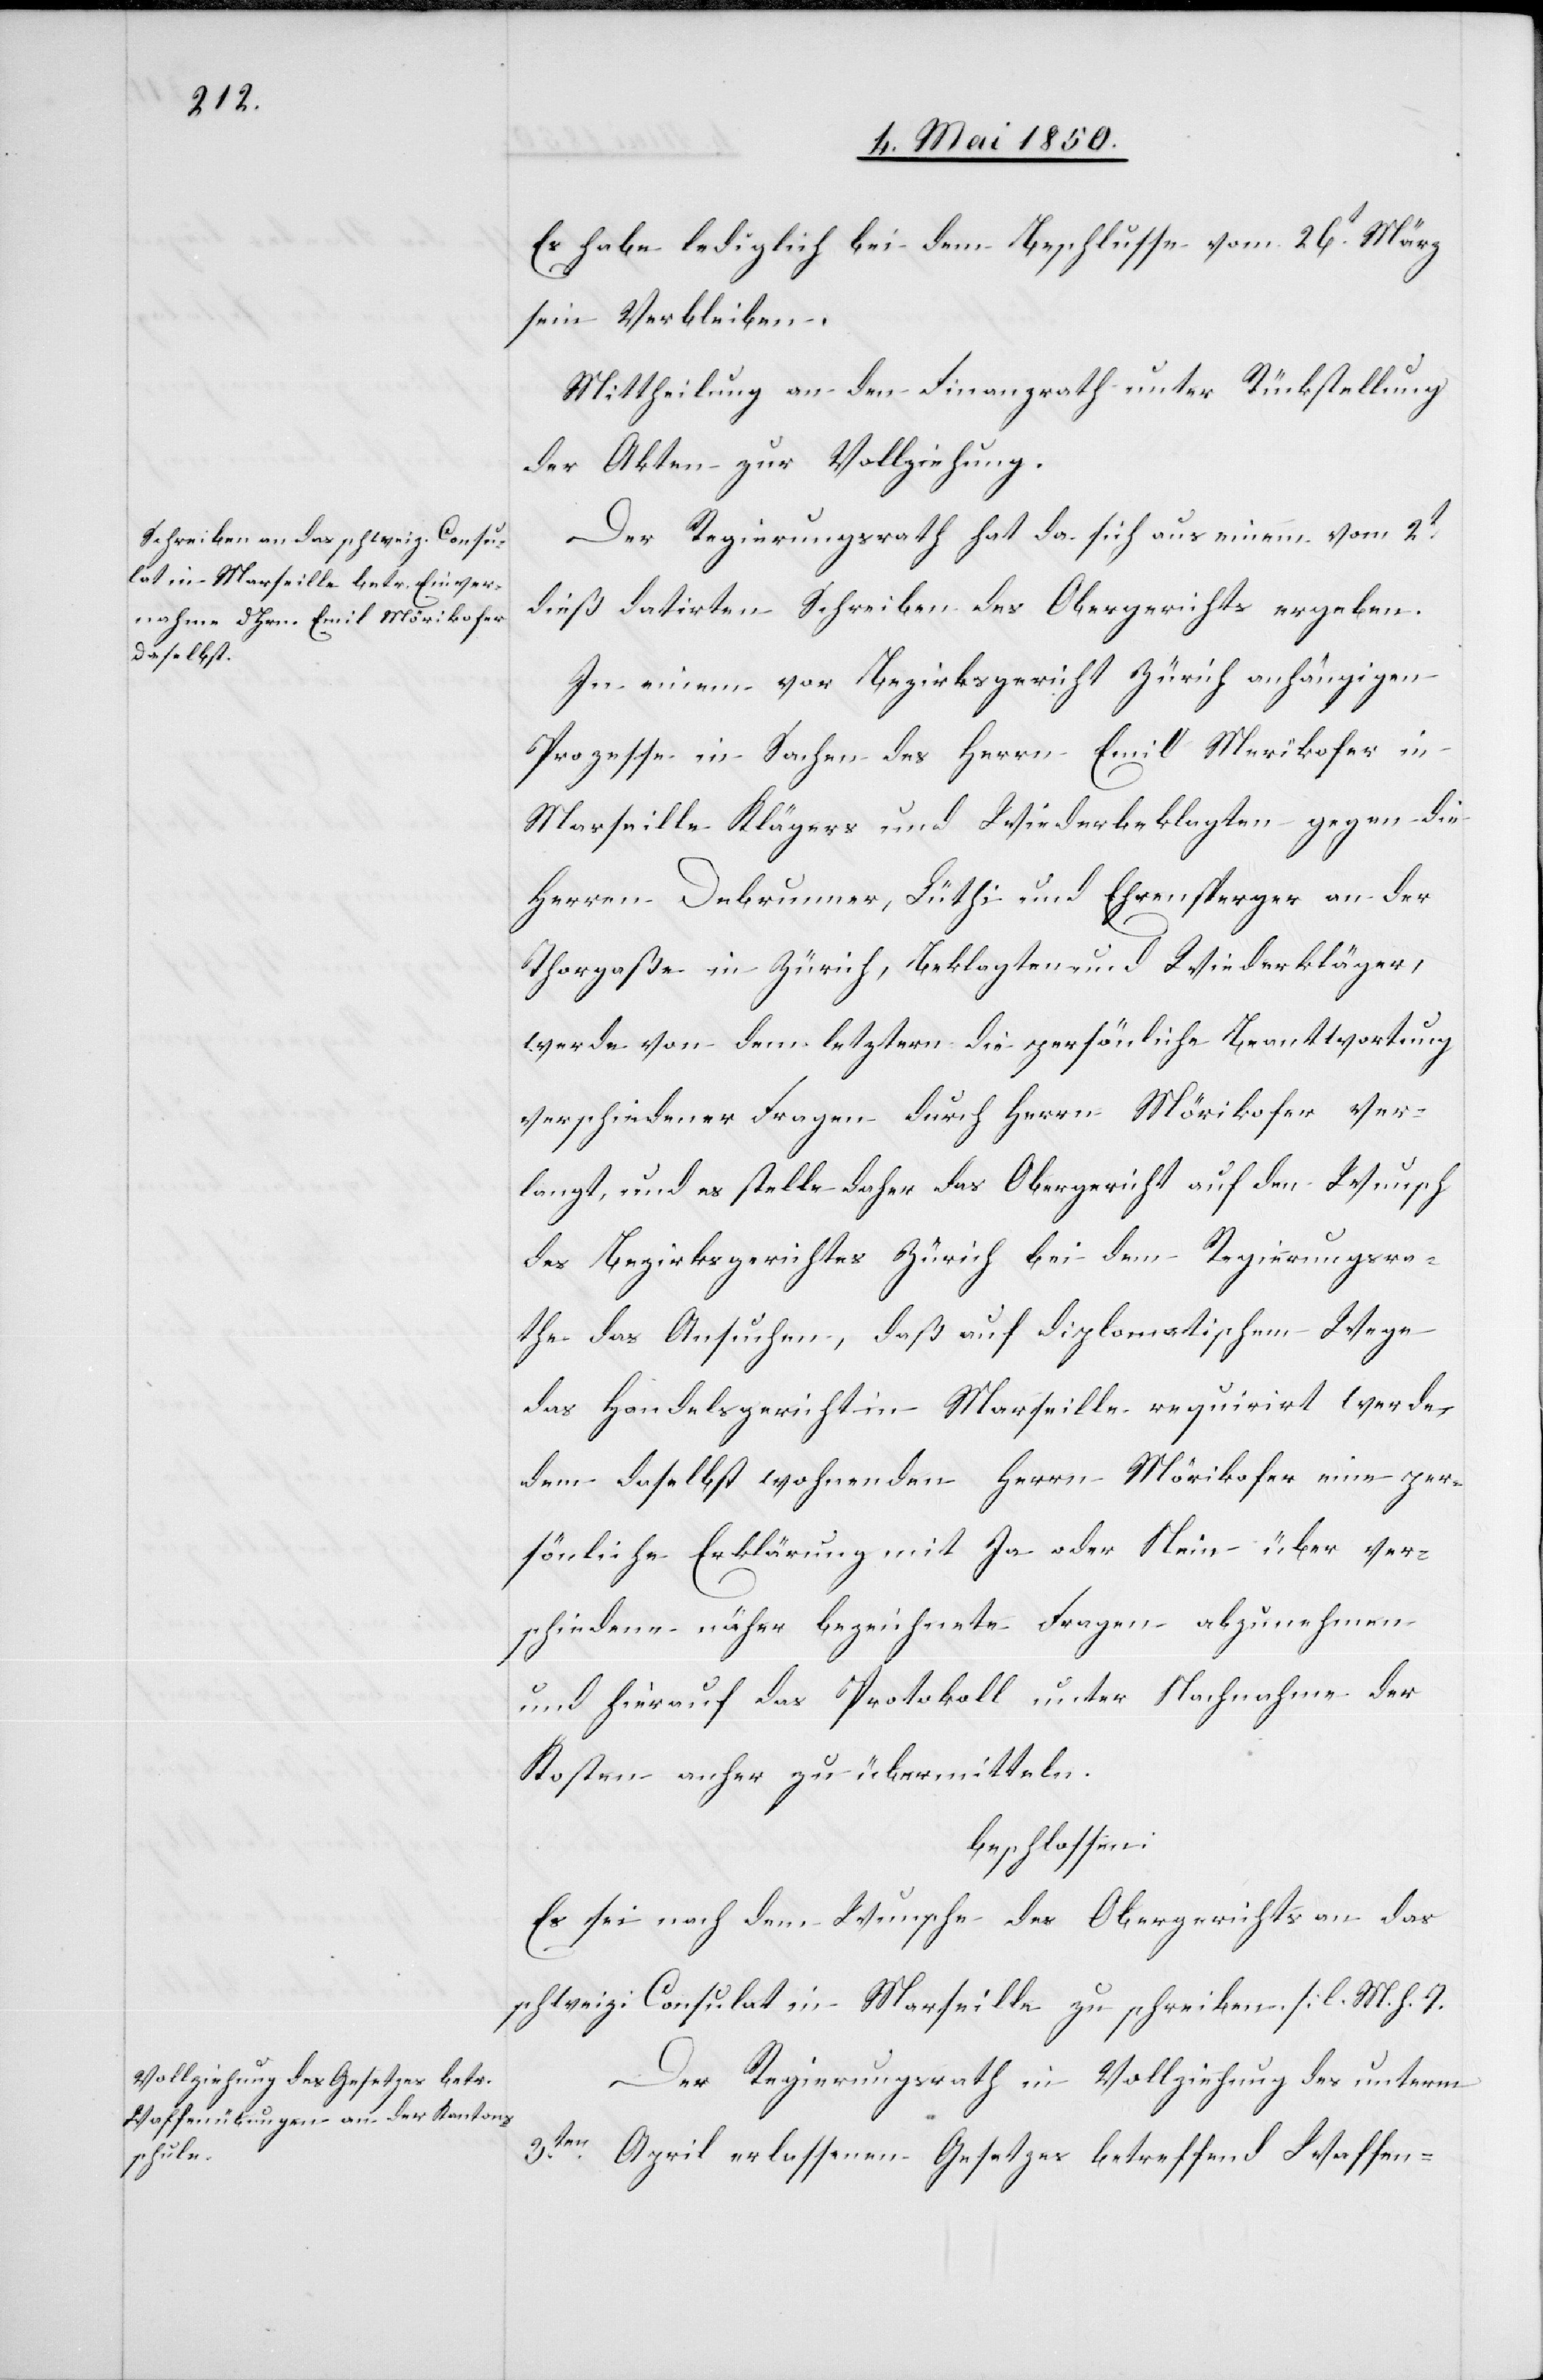
Es habe lediglich bei dem Beschlusse vom 26t März
sein Verbleiben.
Mittheilung an den Finanzrath unter Rückstellung
der Akten zur Vollziehung.
Der Regierungsrath hat da sich aus einem vom 2t
dieß datirten Schreiben des Obergerichts ergeben.
In einem vor Bezirksgericht Zürich anhängigen
Prozesse in Sachen des Herrn Emil Merikofer
Marseille Klägers und Wiederbeklagten gegen die
Herren Debrunner, Lüthi und Ehrensperger an der
Thorgaße in Zürich, Beklagten und Wiederkläger,
werde von dem letztern die persönliche Beantwortung
verschiedener Fragen durch Herrn Mörikofer ver¬
langt, und es stelle daher das Obergericht auf den Wunsch
des Bezirksgerichtes Zürich bei dem Regierungsra¬
the das Ansuchen, daß auf diplomatischem Wege
das Handelsgericht in Marseille requirirt werde,
den daselbst wohnenden Herrn Mörikofer eine per¬
sönliche Erklärung mit Ja oder Nein über ver¬
schiedene näher bezeichnete Fragen abzunehmen
und hierauf das Protokoll unter Nachnahme der
Kosten anher zu übermitteln.
beschlossen:
Es sei nach dem Wunsche des Obergerichts an das
schweiz. Consulat in Marseille zu schreiben [l. M. h.
Der Regierungsrath in Vollziehung des unterm
3ten April erlassenen Gesetzes betreffend Waffen-